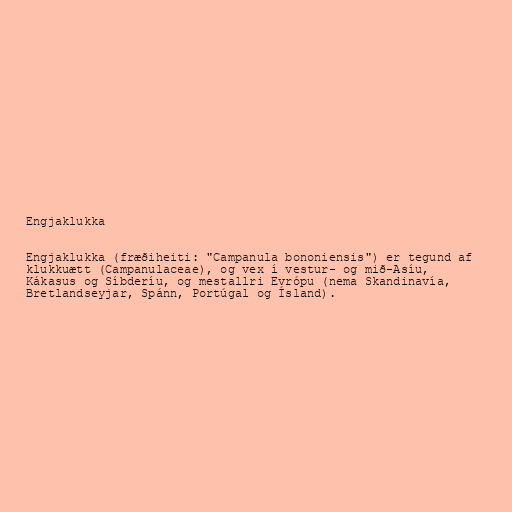
Engjaklukka

Engjaklukka (fræðiheiti: "Campanula bononiensis") er tegund af
klukkuætt (Campanulaceae), og vex í vestur- og mið-Asíu,
Kákasus og Síbderíu, og mestallri Evrópu (nema Skandinavía,
Bretlandseyjar, Spánn, Portúgal og Ísland).